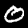
Digit: 0